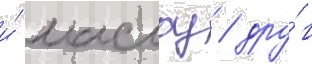
и́ маслоу / дру́г